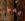
معي